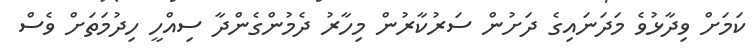
ކަމަށް ވިދާޅުވެ މަދަނައިގެ ދަށުން ސަރުކާރުން މިހާރު ދެމުންގެންދާ ސިއްހީ ހިދުމަތަށް ވެސް